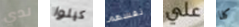
لدي كيلوا نفسهم علي كلا